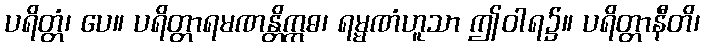
ပရိတ္တံ၊ ပေ။ ပရိတ္တာရမဏန္တိဣဓ၊ ရမ္မဏံဟူသာ ဤဝါရ၌။ ပရိတ္တာနီတိ၊